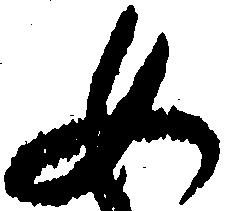
女